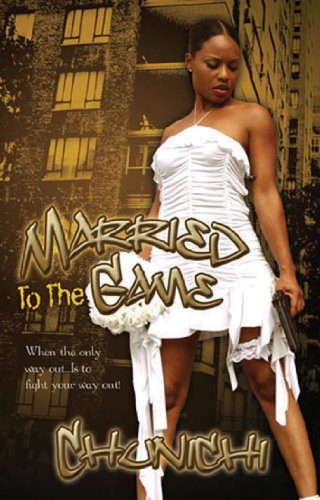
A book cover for Married To The Game (Urban Books); Chunichi; Mystery, Thriller & Suspense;